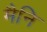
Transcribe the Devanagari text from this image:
मैनि